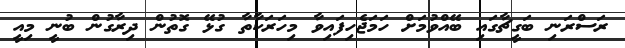
ރަސްރަނި ބަގީޗާގައި ބޭއްވުމަށް ހަމަޖެހިފައިވާ މިހަރަކާތާ ގުޅޭ ގޮތުން ދިރާގުން ބުނީ މިއީ